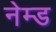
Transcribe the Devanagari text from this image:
नेम्‍ड